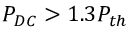
P _ { D C } > 1 . 3 P _ { t h }